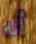
أنه